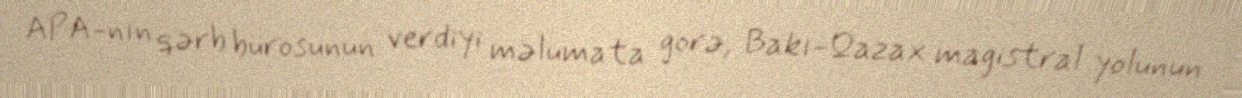
APA-nın qərb bürosunun verdiyi məlumata görə, Bakı-Qazax magistral yolunun